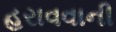
હરાવવાની